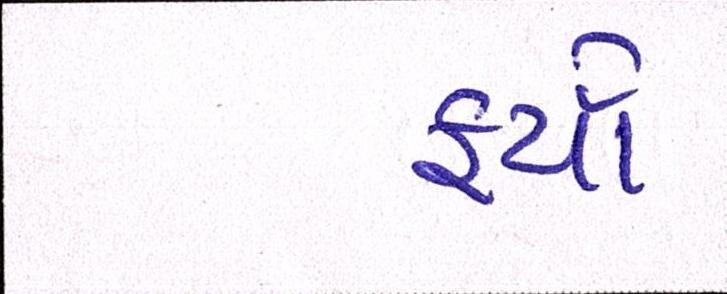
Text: ફર્યા